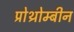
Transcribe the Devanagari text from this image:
प्रोथ्रोम्बीन